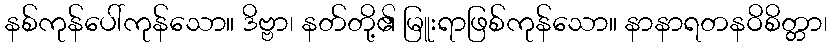
နစ်ကုန်ပေါ်ကုန်သော။ ဒိဗ္ဗာ၊ နတ်တို့၏ မြူးရာဖြစ်ကုန်သော။ နာနာရတနဝိစိတ္တာ၊